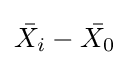
{\bar {X_{i}}}-{\bar {X_{0}}}